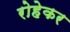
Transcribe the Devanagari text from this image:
रोहेकर